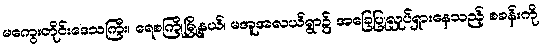
မကွေးတိုင်းဒေသကြီး၊ ရေစကြိုမြို့နယ်၊ မအူအလယ်ရွာ၌ အခြေပြုလှုပ်ရှားနေသည့် စခန်းကို